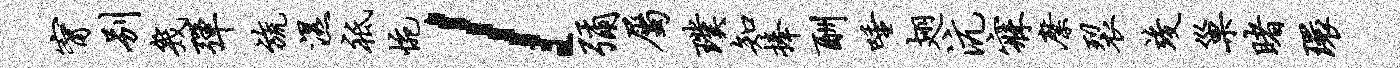
甯别几弹旒湿祗惋l弥属璞知捧酬唾翅沆寐縻裂竣巢睹环